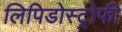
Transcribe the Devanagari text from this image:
लिपिडोस्ट्रोफी